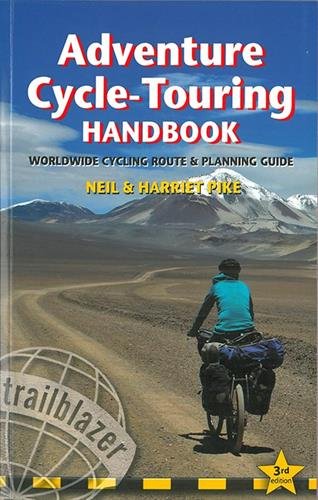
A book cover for Adventure Cycle-Touring Handbook: Worldwide Route & Planning Guide (Trailblazer); Neil Pike; Sports & Outdoors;